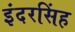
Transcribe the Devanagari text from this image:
इंदरसिंह